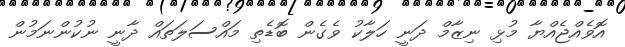
އޮވެއްޖެއްޔާ މުޅި ނިޒާމް ދަނީ ހަލާކު ވެގެން ބޮޑެތި މައްސަލަތައް ދާނީ ނުކުންނަމުން